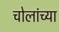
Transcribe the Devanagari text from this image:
चोलांच्या